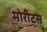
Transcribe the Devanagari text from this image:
मोरीट्स